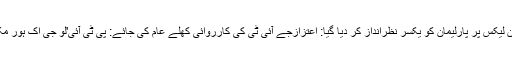
ڈان لیکس پر پارلیمان کو یکسر نظرانداز کر دیا گیا: اعتزازجے آئی ٹی کی کارروائی کھلے عام کی جائے: پی ٹی آئی'لو جی اک ہور مکا۔